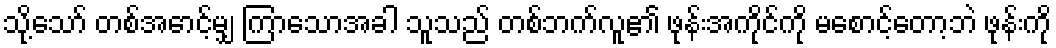
သို့သော် တစ်အောင့်မျှ ကြာသောအခါ သူသည် တစ်ဘက်လူ၏ ဖုန်းအကိုင်ကို မစောင့်တော့ဘဲ ဖုန်းကို